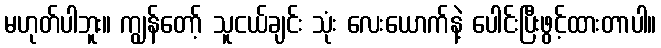
မဟုတ်ပါဘူး။ ကျွန်တော့် သူငယ်ချင်း သုံး လေးယောက်နဲ့ ပေါင်းပြီးဖွင့်ထားတာပါ။